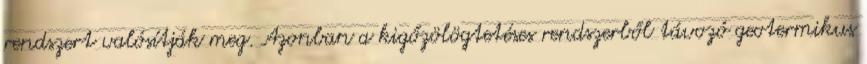
rendszert valósítják meg. Azonban a kigőzölögtetéses rendszerből távozó geotermikus